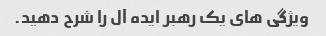
ویژگی های یک رهبر ایده آل را شرح دهید.